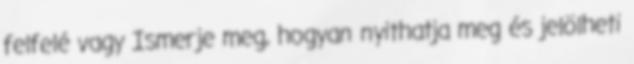
felfelé vagy Ismerje meg, hogyan nyithatja meg és jelölheti